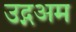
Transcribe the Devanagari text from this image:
उद्गअम